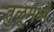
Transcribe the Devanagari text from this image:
तुळूमध्ये